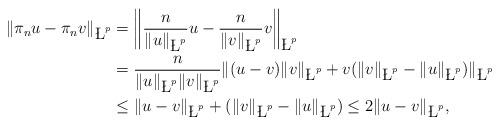
LaTeX: \begin{align*}\|\pi_n u-\pi_nv\|_{\L^p} &= \bigg\| \frac{n}{\|u\|_{\L^p}}u-\frac{n}{\|v\|_{\L^p}}v\bigg\|_{\L^p}\\&= \frac{n}{\|u\|_{\L^p}\|v\|_{\L^p}}\|(u-v)\|v\|_{\L^p}+v(\|v\|_{\L^p}-\|u\|_{\L^p})\|_{\L^p} \\& \leq \|u-v\|_{\L^p}+(\|v\|_{\L^p}-\|u\|_{\L^p}) \leq 2\|u-v\|_{\L^p}, \end{align*}